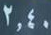
2.40